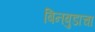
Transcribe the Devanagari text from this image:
बिनबुडाचा